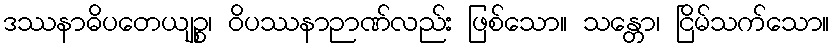
ဒဿနာဓိပတေယျဉ္စ၊ ဝိပဿနာဉာဏ်လည်း ဖြစ်သော။ သန္တော၊ ငြိမ်သက်သော။